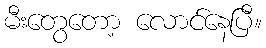
မီးတွေတော့ လောင်နေပြီ။